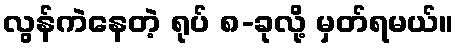
လွန်ကဲနေတဲ့ ရုပ် ၈-ခုလို့ မှတ်ရမယ်။